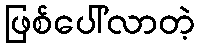
ဖြစ်ပေါ်လာတဲ့